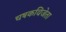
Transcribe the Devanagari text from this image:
चषकविजेता